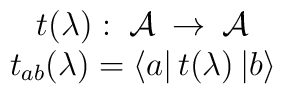
\begin{array}{c}t(\lambda ):\; {\cal A}\: \rightarrow \: {\cal A}\\t_{ab}(\lambda )=\left\langle a\right| t(\lambda )\left| b\right\rangle \end{array}